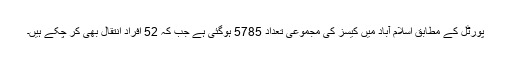
پورٹل کے مطابق اسلام آباد میں کیسز کی مجموعی تعداد 5785 ہوگئی ہے جب کہ 52 افراد انتقال بھی کر چکے ہیں۔